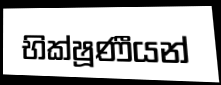
භික්ෂූණීයන්